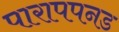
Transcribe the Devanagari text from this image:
पारापपनड